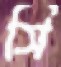
সি